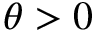
\theta > 0